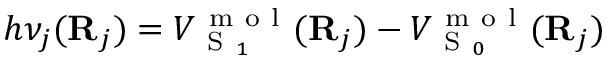
h \nu _ { j } ( \mathbf R _ { j } ) = V _ { \mathrm { ~ S ~ } _ { 1 } } ^ { \mathrm { ~ m ~ o ~ l ~ } } ( { \bf { R } } _ { j } ) - V _ { \mathrm { ~ S ~ } _ { 0 } } ^ { \mathrm { ~ m ~ o ~ l ~ } } ( { \bf { R } } _ { j } )